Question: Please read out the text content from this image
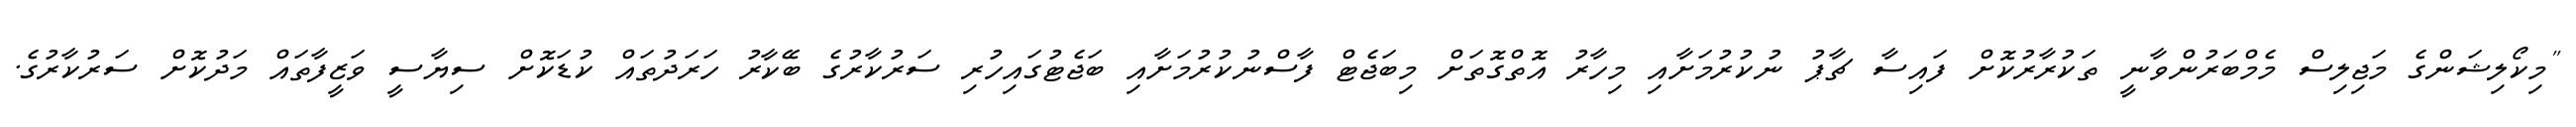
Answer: "މިކޯލިޝަންގެ މަޖިލިސް މެމްބަރުންވާނީ ތަކުރާރުކޮށް ފައިސާ ޗާޕު ނުކުރުމަށާއި މިހާރު އޮތްގޮތަށް މިބަޖެޓް ފާސްނުކުރުމަށާއި ބަޖެޓުގައިހުރި ސަރުކާރުގެ ބޭކާރު ހަރަދުތައް ކުޑަކޮށް ސިޔާސީ ވަޒީފާތައް މަދުކޮށް ސަރުކާރުގެ.